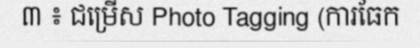
៣ ៖ ជម្រើស Photo Tagging (ការធែក